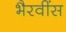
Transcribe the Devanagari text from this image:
भैरवींस